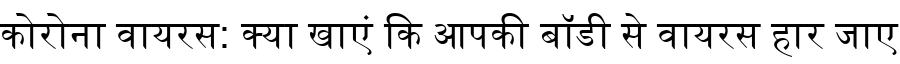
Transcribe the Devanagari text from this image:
कोरोना वायरस: क्या खाएं कि आपकी बॉडी से वायरस हार जाए